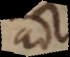
ad